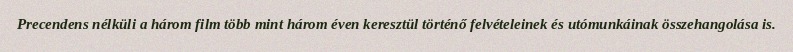
Precendens nélküli a három film több mint három éven keresztül történő felvételeinek és utómunkáinak összehangolása is.